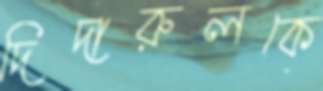
দিদারুলকে